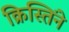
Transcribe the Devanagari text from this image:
क्रिस्तिंने